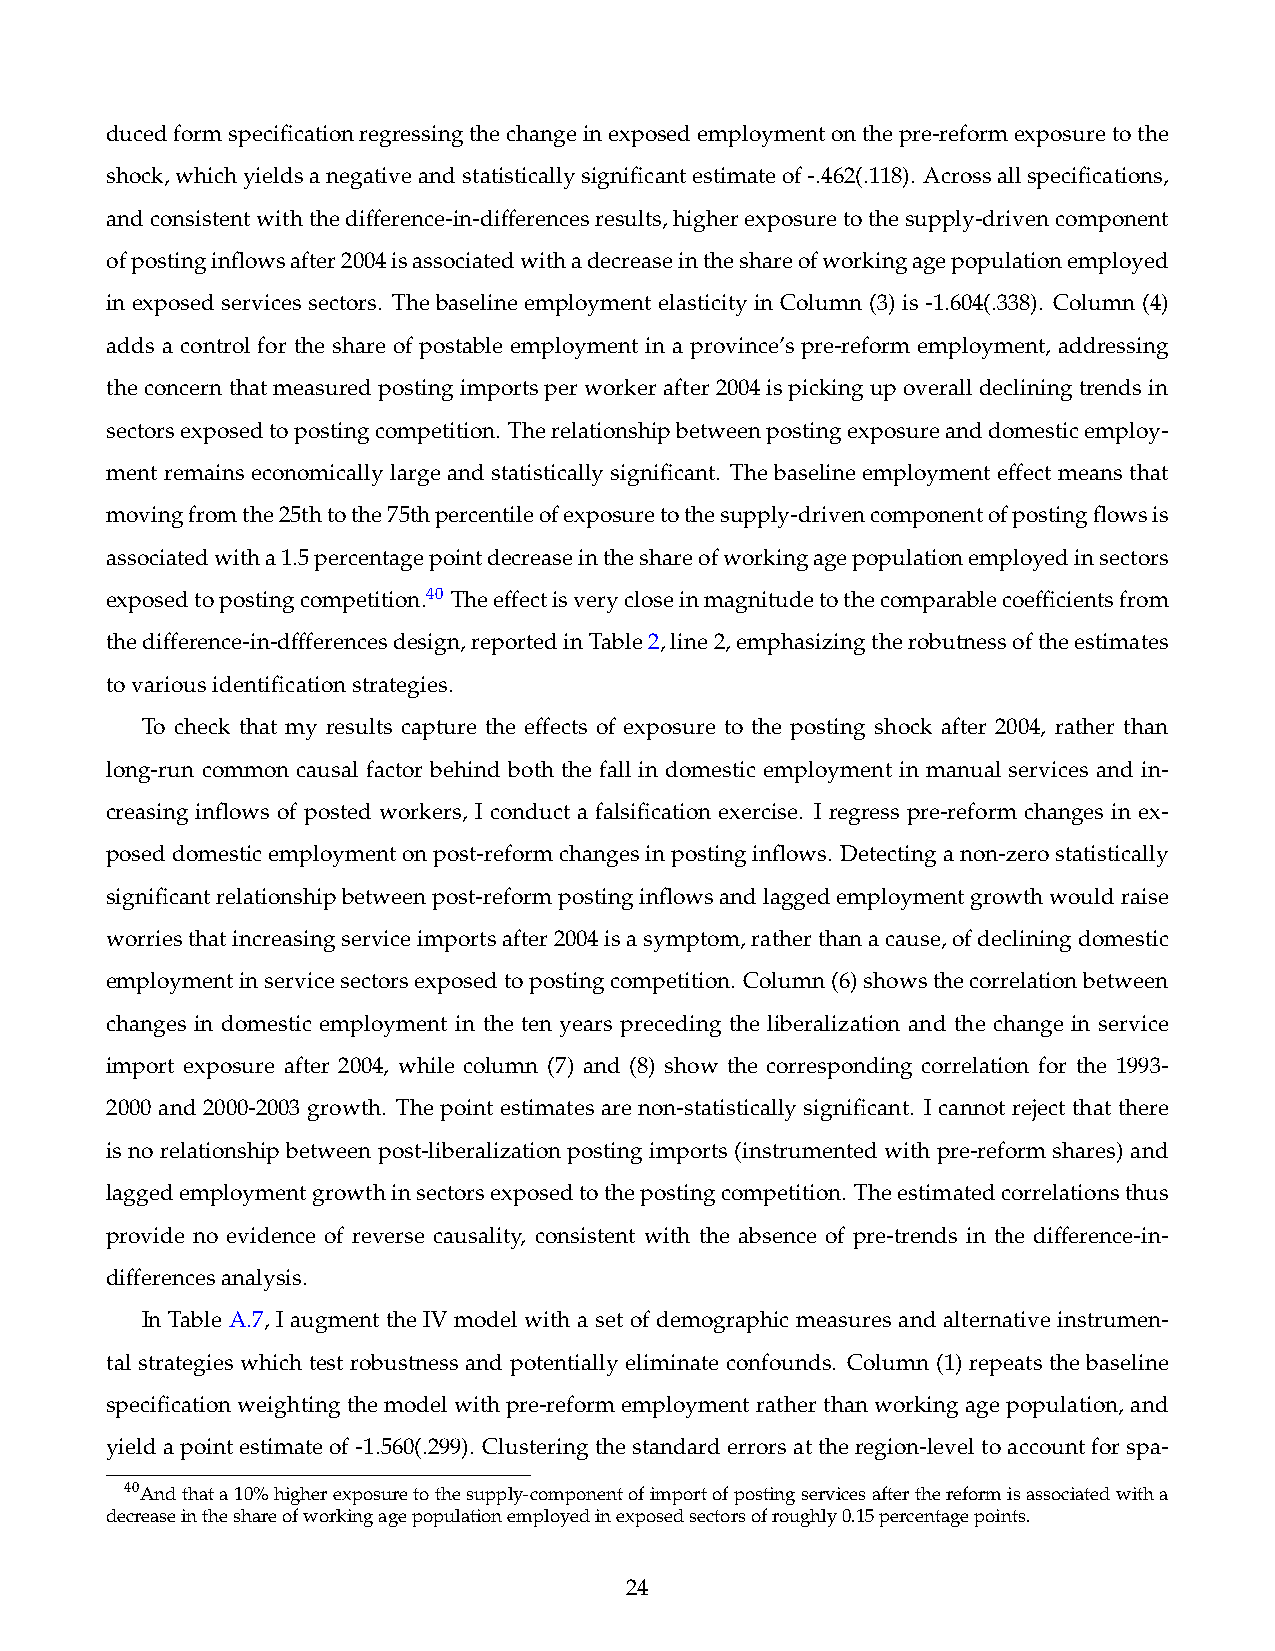
ducedformspecificationregressingthechangeinexposedemploymentonthepre-reformexposuretothe
 shock,whichyieldsanegativeandstatisticallysignificantestimateof-.462(.118). Acrossallspecifications,
 andconsistentwiththedifference-in-differencesresults,higherexposuretothesupply-drivencomponent
 ofpostinginflowsafter2004isassociatedwithadecreaseintheshareofworkingagepopulationemployed
 in exposed services sectors. The baseline employment elasticity in Column (3) is -1.604(.338). Column (4)
 adds a control for the share of postable employment in a province’s pre-reform employment, addressing
 theconcernthatmeasuredpostingimportsperworkerafter2004ispickingupoveralldecliningtrendsin
 sectorsexposedtopostingcompetition. Therelationshipbetweenpostingexposureanddomesticemploy-
 ment remains economically large and statistically significant. The baseline employment effect means that
 movingfromthe25thtothe75thpercentileofexposuretothesupply-drivencomponentofpostingflowsis
 associatedwitha1.5percentagepointdecreaseintheshareofworkingagepopulationemployedinsectors
 exposedtopostingcompetition.40 Theeffectisverycloseinmagnitudetothecomparablecoefficientsfrom
 thedifference-in-dffferencesdesign,reportedinTable2,line2,emphasizingtherobutnessoftheestimates
 tovariousidentificationstrategies.
 To check that my results capture the effects of exposure to the posting shock after 2004, rather than
 long-run common causal factor behind both the fall in domestic employment in manual services and in-
 creasing inflows of posted workers, I conduct a falsification exercise. I regress pre-reform changes in ex-
 poseddomesticemploymentonpost-reformchangesinpostinginflows. Detectinganon-zerostatistically
 significantrelationshipbetweenpost-reformpostinginflowsandlaggedemploymentgrowthwouldraise
 worriesthatincreasingserviceimportsafter2004isasymptom,ratherthanacause,ofdecliningdomestic
 employmentinservicesectorsexposedtopostingcompetition. Column(6)showsthecorrelationbetween
 changes in domestic employment in the ten years preceding the liberalization and the change in service
 import exposure after 2004, while column (7) and (8) show the corresponding correlation for the 1993-
 2000 and 2000-2003 growth. The point estimates are non-statistically significant. I cannot reject that there
 is no relationship between post-liberalization posting imports (instrumented with pre-reform shares) and
 laggedemploymentgrowthinsectorsexposedtothepostingcompetition. Theestimatedcorrelationsthus
 provide no evidence of reverse causality, consistent with the absence of pre-trends in the difference-in-
 differencesanalysis.
 In Table A.7, I augment the IV model with a set of demographic measures and alternative instrumen-
 tal strategies which test robustness and potentially eliminate confounds. Column (1) repeats the baseline
 specificationweightingthemodelwithpre-reformemploymentratherthanworkingagepopulation, and
 yieldapointestimateof-1.560(.299). Clusteringthestandarderrorsattheregion-leveltoaccountforspa-
 40Andthata10%higherexposuretothesupply-componentofimportofpostingservicesafterthereformisassociatedwitha
 decreaseintheshareofworkingagepopulationemployedinexposedsectorsofroughly0.15percentagepoints.
 24